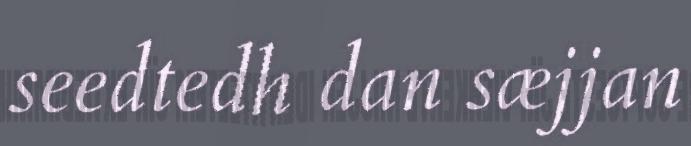
seedtedh dan sæjjan